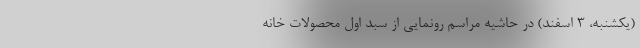
(یکشنبه، ۳ اسفند) در حاشیه مراسم رونمایی از سبد اول محصولات خانه